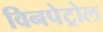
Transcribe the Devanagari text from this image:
विनपेट्रोल